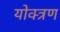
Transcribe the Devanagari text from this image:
योक्त्रण